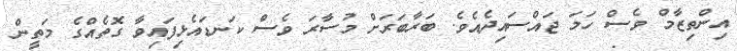
އިންތިޒާމް ވެސް ހަމަ ޖައްސައިދެއެވެ. ބަރާބަރަށް މުސާރަ ވެސް ކަނޑައެޅިފައިވާ ގޮތެއްގެ މަތީން